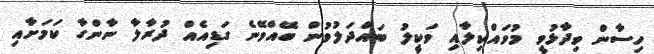
ހިސާން ވިދާޅުވީ މުވައްކިލާއި ވަކީލު ބައްދަލުވުން ބޭއްވޭނެ ގަޑިއެއް ދުރާލާ ނާންގާ ކަމަށާއި